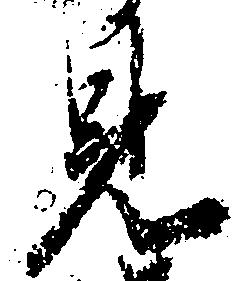
見